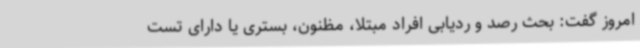
امروز گفت: بحث رصد و ردیابی افراد مبتلا، مظنون، بستری یا دارای تست